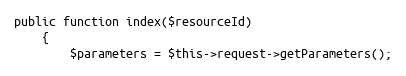
Language: PHP
public function index($resourceId)
    {
        $parameters = $this->request->getParameters();